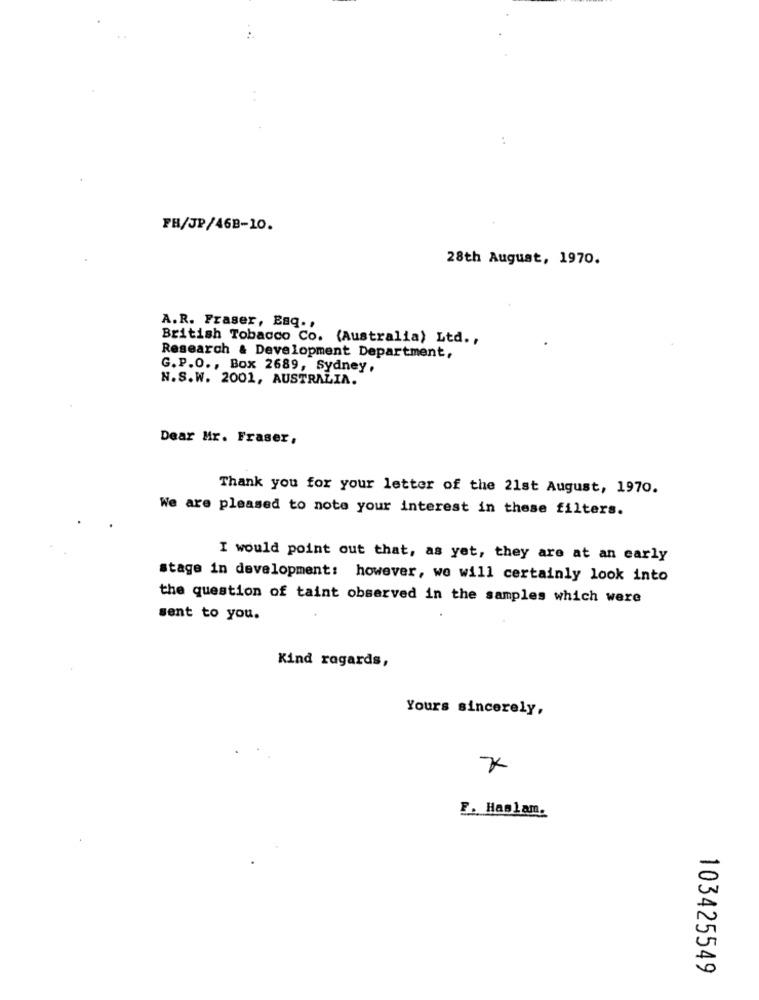
:
PH/JP/46B-10.
28th August, 1970.
A.R. Fraser, Esq. ,
British Tobacco Co. (Australia) Ltd .,
Research & Development Department,
G.P.O ., Box 2689, Sydney,
N.S.W. 2001, AUSTRALIA.
Dear Mr. Fraser,
Thank you for your letter of the 21st August, 1970.
We are pleased to note your interest in these filters.
I would point out that, as yet, they are at an early
stage in development: however, we will certainly look into
the question of taint observed in the samples which were
sent to you.
Kind regards,
Yours sincerely,
7
F. Haslam.
103425549